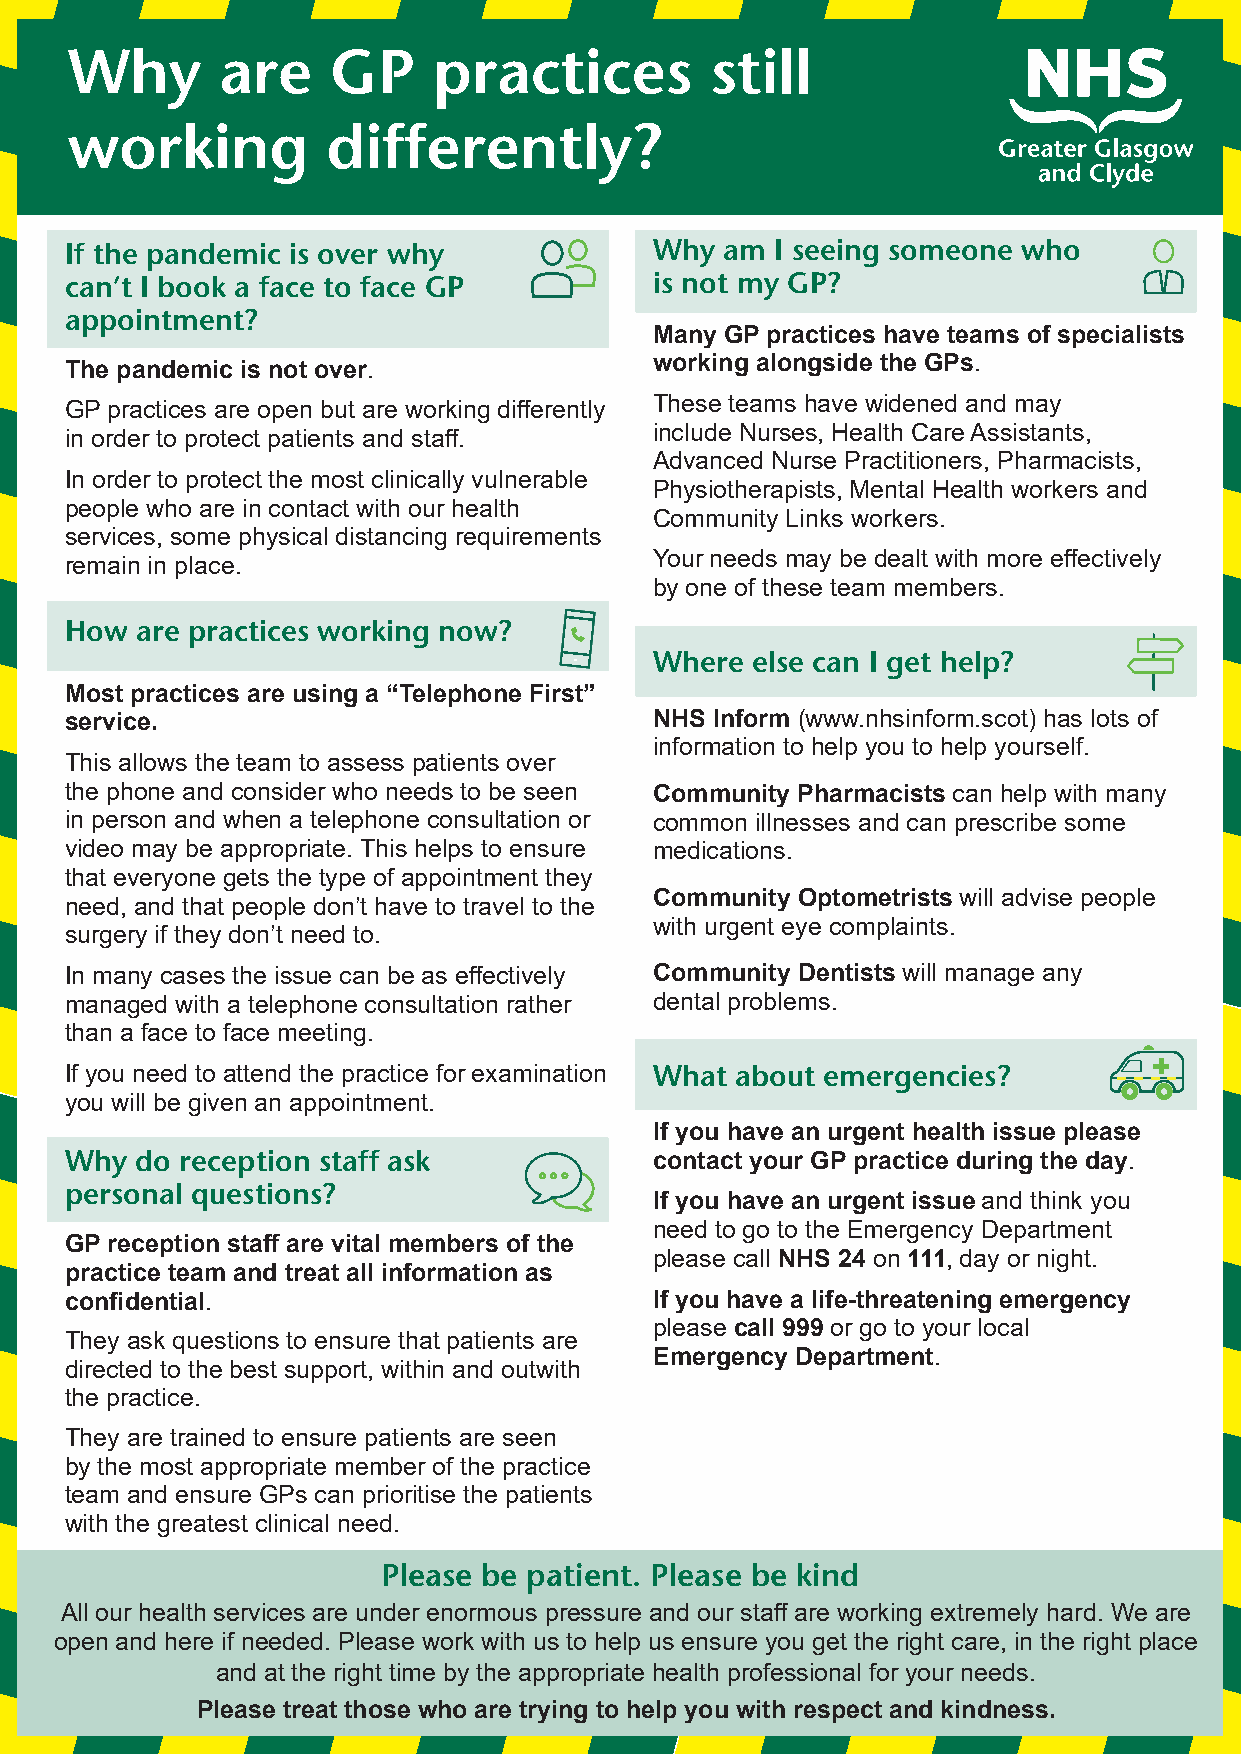
Why        are    GP     practices         still
 working           differently?
 If the pandemic is over why            Why  am I seeing someone who
 can’t I book a face to face GP         is not my GP?
 appointment?
 Many GP practices have teams of specialists
 The pandemic is not over.              working alongside the GPs.
 These teams have widened and may
 GP practices are open but are working differently
 include Nurses, Health Care Assistants,
 in order to protect patients and staff.
 Advanced Nurse Practitioners, Pharmacists,
 In order to protect the most clinically vulnerable
 Physiotherapists, Mental Health workers and
 people who are in contact with our health
 Community Links workers.
 services, some physical distancing requirements
 Your needs may be dealt with more effectively
 remain in place.
 by one of these team members.
 How  are practices working now?
 Where  else can I get help?
 Most practices are using a “Telephone First”
 service.                               NHS Inform (www.nhsinform.scot) has lots of
 information to help you to help yourself.
 This allows the team to assess patients over
 the phone and consider who needs to be seen Community Pharmacists can help with many
 in person and when a telephone consultation or common illnesses and can prescribe some
 video may be appropriate. This helps to ensure medications.
 that everyone gets the type of appointment they
 Community Optometrists will advise people
 need, and that people don’t have to travel to the
 with urgent eye complaints.
 surgery if they don’t need to.
 In many cases the issue can be as effectively Community Dentists will manage any
 managed with a telephone consultation rather dental problems.
 than a face to face meeting.
 If you need to attend the practice for examination What about emergencies?
 you will be given an appointment.
 If you have an urgent health issue please
 Why  do reception staff ask            contact your GP practice during the day.
 personal questions?
 If you have an urgent issue and think you
 need to go to the Emergency Department
 GP reception staff are vital members of the
 please call NHS 24 on 111, day or night.
 practice team and treat all information as
 confidential.                          If you have a life-threatening emergency
 please call 999 or go to your local
 They ask questions to ensure that patients are
 Emergency Department.
 directed to the best support, within and outwith
 the practice.
 They are trained to ensure patients are seen
 by the most appropriate member of the practice
 team and ensure GPs can prioritise the patients
 with the greatest clinical need.
 Please be patient. Please be kind
 All our health services are under enormous pressure and our staff are working extremely hard. We are
 open and here if needed. Please work with us to help us ensure you get the right care, in the right place
 and at the right time by the appropriate health professional for your needs.
 Please treat those who are trying to help you with respect and kindness.